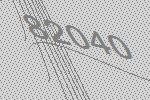
82040